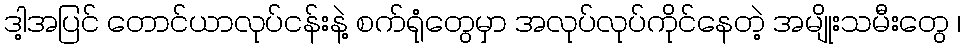
ဒါ့အပြင် တောင်ယာလုပ်ငန်းနဲ့ စက်ရုံတွေမှာ အလုပ်လုပ်ကိုင်နေတဲ့ အမျိုးသမီးတွေ ၊